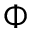
\boldsymbol { \Phi }